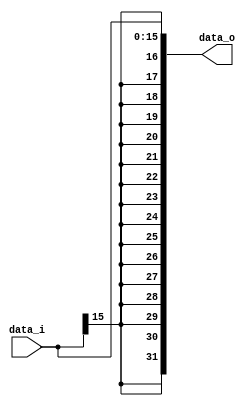

module Sign_Extend(
	data_i,
	data_o
);

// I/O ports
input [16-1:0] data_i;
output reg [32-1:0] data_o;

// Sign extended
always @(data_i) begin
	data_o <= {{16{data_i[15]}}, data_i};
end

endmodule